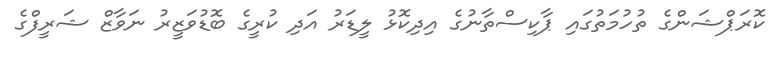
ކޮރަޕްޝަންގެ ތުހުމަތުގައި ޕާކިސްތާނުގެ އިދިކޮޅު ލީޑަރު އަދި ކުރީގެ ބޮޑުވަޒީރު ނަވާޒް ޝަރީފްގެ